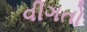
વીગતો